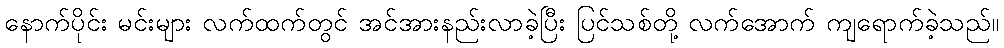
နောက်ပိုင်း မင်းများ လက်ထက်တွင် အင်အားနည်းလာခဲ့ပြီး ပြင်သစ်တို့ လက်အောက် ကျရောက်ခဲ့သည်။